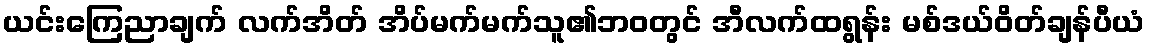
ယင်းကြေညာချက် လက်အိတ် အိပ်မက်မက်သူ၏ဘ၀တွင် အီလက်ထရွန်း မစ်ဒယ်ဝိတ်ချန်ပီယံ